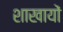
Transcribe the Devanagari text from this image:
शाखायों